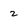
Character: 2